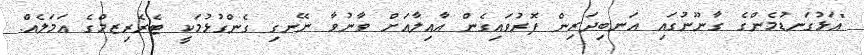
"އަޅުގަނޑުމެންގެ ގާނޫނުގައި އަނބިދަރިން ފޮރުވައިގެން އާއިލާއަށް ވާނުވާ ނޭނގި ގެންގުޅުމަކީ ޓެރެރިޒމްގެ އަމަލެއް.